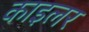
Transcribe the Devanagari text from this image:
काइलर